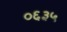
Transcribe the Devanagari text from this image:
०६३५